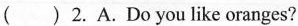
( )2.A.Do you like oranges?